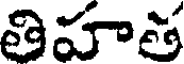
తిహాత